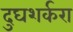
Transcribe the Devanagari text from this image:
दुघशर्करा